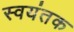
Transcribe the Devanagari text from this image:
स्‍वयंतक